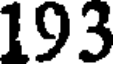
193